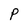
Character: P